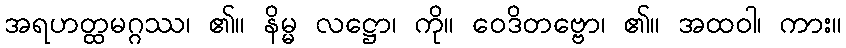
အရဟတ္ထမဂ္ဂဿ၊ ၏။ နိမ္မ လဋ္ဌော၊ ကို။ ဝေဒိတဗ္ဗော၊ ၏။ အထဝါ၊ ကား။